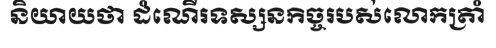
និយាយថា ដំណើរទស្សនកិច្ចរបស់លោកត្រាំ